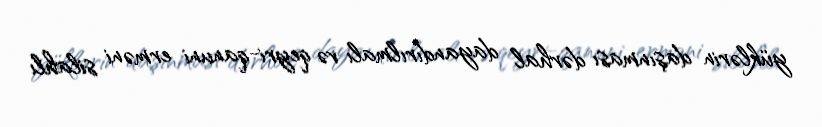
yüklərin daşınması dərhal dayandırılmalı və qeyri-qanuni erməni silahlı